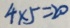
4 \times 5 = 2 0